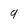
Character: 9